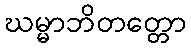
ဃမ္မာဘိတတ္တော